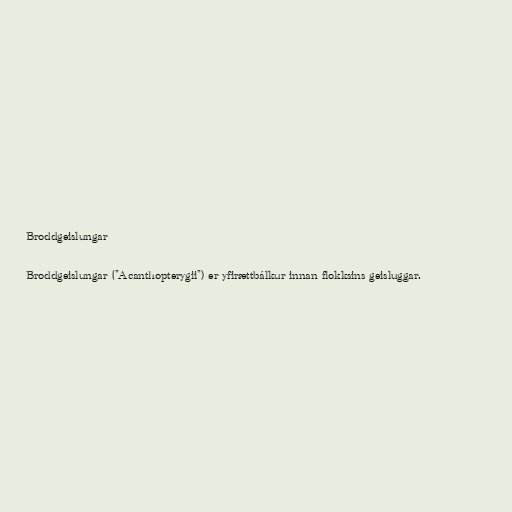
Broddgeislungar

Broddgeislungar ("Acanthopterygii") er yfirættbálkur innan flokksins geisluggar.